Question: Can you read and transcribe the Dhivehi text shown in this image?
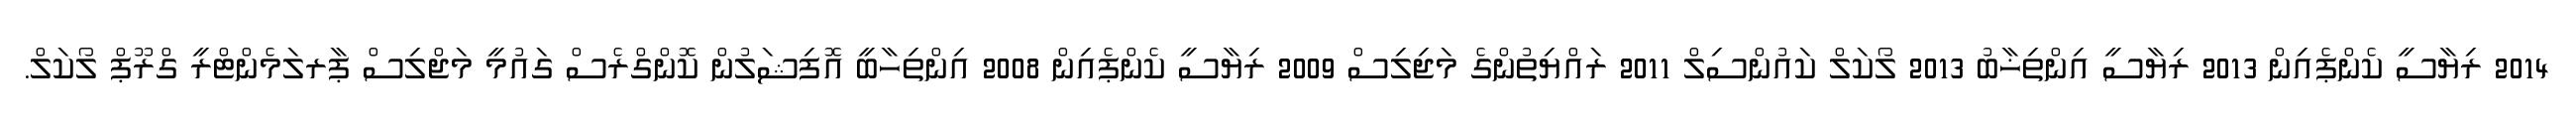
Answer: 2014 ރިޔާސީ ކެންޕެއިން 2013 ރިޔާސީ އިންތިޚާބު 2013 ލޯކަލް ކައުންސިލް 2011 ރައްޔިތުންގެ މަޖިލިސް 2009 ރިޔާސީ ކެންޕެއިން 2008 އިންތިހާބީ އޮފިޝަލުން ކޮންގްރެސް ގައުމީ މަޖްލިސް ޕާރލަމެންޓްރީ ގްރޫޕް ލޯކަލް.